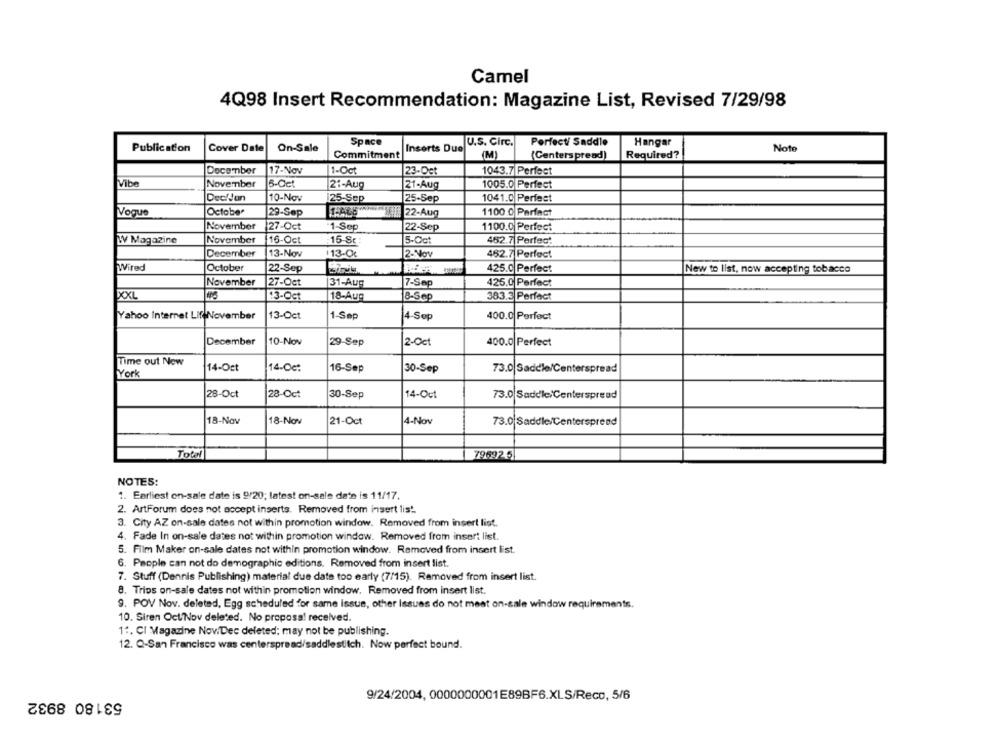
Camel
4Q98 Insert Recommendation: Magazine List, Revised 7/29/98
Space
U.S. Circ.
Perfect/ Saddle
Hangar
Publication
Cover Date
On-Sale
Inserts Due
Note
Commitment
(M)
(Centerspread)
Required?
December
17-Nov
1-Oct
23-Oct
1043.7 Perfect
Vibe
November
5-Oct
21-Aug
21-Aug
1005.0 Perfect
DeciJun
10-Nov
25-Sep
25-Sep
1041.0 Perfect
Vogue
October
29-Sep
TACHER 22-Aug
1100 0 Perfact
November
27-Oct
1-Sep
22-Sep
1100.0 Perfect
W Magazine
November
16-Oct
15-Sc
5-Oct
452.7 Perfect
December
13-Nov
13-Oc
12-Nov
462.7 Perfect
Wired
October
425.0 Perfect
22-Sep
New to list, now accepting tobacco
November
27-Oct
31-Aug
7-Sep
425.0 Perfect
XXL
13-Oct
18-Aug
8-Sep
383.3 Perfect
Yahoo Internet Lif November
13-Oct
1-Sep
4-Sep
400.0 Perfect
December
10-Nov
29-Sep
2-Oct
400.0 Perfect
Time out Now
14-Oct
14-Oct
16-Sep
30-Sep
73.0 Saddle/Centerspread
York
28-Oct
14-Oct
28-Oct
30-Sep
73.0 Saddle Centerspread
18-Nov
18-Nov
21-Oct
4-Nov
73.0 Saddle/Centerspread
Total
796925
NOTES:
1. Earliest on-sale date is 9/20; latest on-sale date is 11/17.
2. ArtForum does not accept inserts. Removed from insert lis !.
3. City AZ on-sale dates not within promotion window. Removed from insert list.
4. Fade In on-sale dates not within promotion window. Removed from insert list.
5. Film Maker on-sale dates not within promotion window. Removed from insert list.
6. People can not do demographic editions. Removed from insert list.
7. Stuff (Dennis Publishing) material due date too early (7/15). Removed from insert list.
8. Trips on-sale dates not within promotion window. Removed from insert list.
9. POV Nov. deleted, Egg scheduled for same issue, other Issues do not meat on-sale window requirements.
10. Siren Oct/Nov deleted. No proposal received.
1ª. CI Magazine Nov/Dec deleted: may not be publishing.
12. Q-San Francisco was centerspread/saddlestitch. Now perfect bound.
53180 8932
9/24/2004, 0000000001E89BF6.XLS/Reco, 5/6